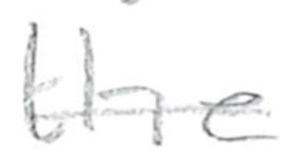
Text: the
Cross-out: single-line
Writing tool: pencil